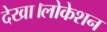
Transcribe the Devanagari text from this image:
देखा।लोकेशन